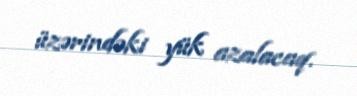
üzərindəki yük azalacaq.